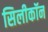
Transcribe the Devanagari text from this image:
सिलीकॉन